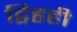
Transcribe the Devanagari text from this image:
द्विहृही